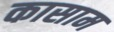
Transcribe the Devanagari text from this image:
कासाम